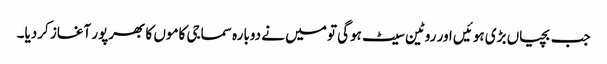
جب بچیاں بڑی ہوئیں اور روٹین سیٹ ہوگی تو میں نے دوبارہ سماجی کاموں کا بھرپور آغاز کردیا۔